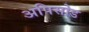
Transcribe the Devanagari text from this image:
अपिसोड